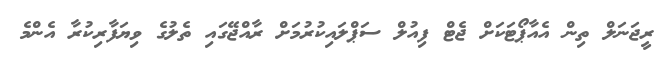
ރީޖަނަލް ތިން އެއާޕޯޓަކަށް ޖެޓް ފިއުލް ސަޕްލައިކުރުމަށް ރާއްޖޭގައި ތެލުގެ ވިޔަފާރިކުރާ އެންމެ